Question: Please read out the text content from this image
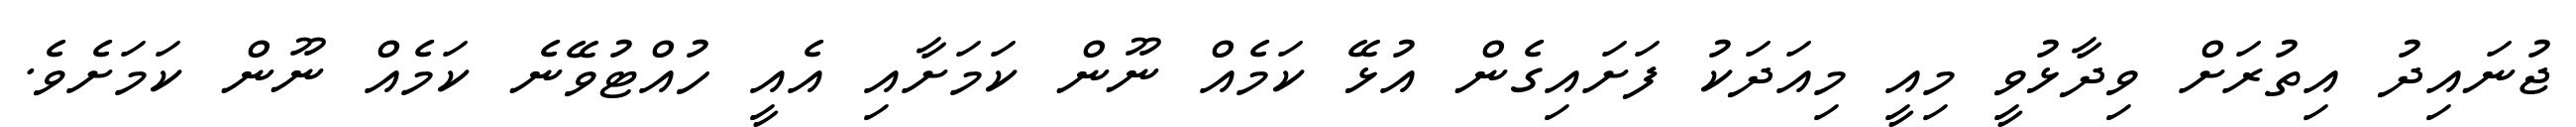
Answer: ޖުނައިދު އިތުރަށް ވިދާޅުވީ މިއީ މިއަދަކު ފަށައިގެން އުޅޭ ކަމެއް ނޫން ކަމަށާއި އެއީ ހުއްޓުވޭނެ ކަމެއް ނޫން ކަމަށެވެ.